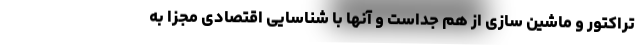
تراکتور و ماشین سازی از هم جداست و آنها با شناسایی اقتصادی مجزا به